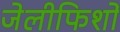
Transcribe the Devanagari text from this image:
जेलीफिशों